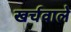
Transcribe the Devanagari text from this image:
खर्चवाले